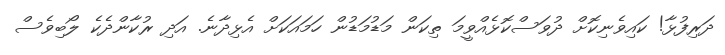
ދަރިފުޅާ! ކައިވެނިކޮށް ދުވަަސްކޮޅެއްވީމަ ތިކަން މަޑުމަޑުން ހަމައަކަށް އެޅިދާނެ. އަދި ރުކާންދެކެ ލޯބިވެސް